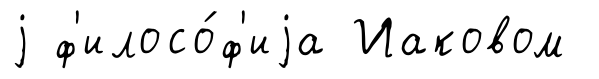
j ф'илосо́ф'иjа Иаковом